Piroplasma canis and its life cycle in the tick - Number 29
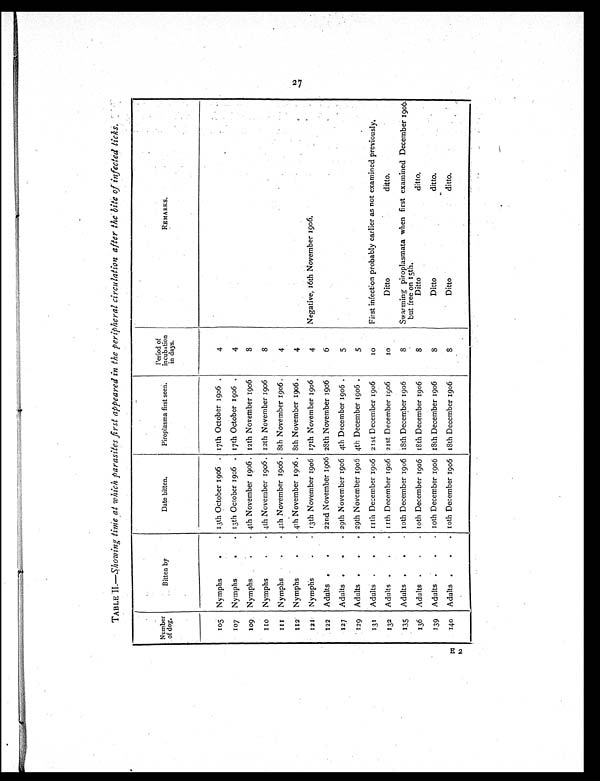
E 2
TABLE II.—Showing time at which parasites first appeared in the peripheral circulation after the bite of infected ticks.
Number
of dog.
Bitten by
Date bitten.
Piroplasma first seen.
Period of
incubation
in days.
REMARKS.
105
•
Nymphs
. . 13th October 1906 . 17th October 1906 .
4
107
Nymphs
• .
13th October 1906 . 17th October 1906 .
4
109. Nymphs
• .
4th November 1906 . 12th November 1906
8
1 1 0
Nymphs
• .
4th November 1906. 12th November 1906
8
1 1 1
Nymphs
.
•
4th November 1906 . 8th November 1906.
4
112
Nymphs
. . 4th November 1906 . 8th November 1906.
4
121
Nymphs
.
.
13th November 1906 17th November 1906
4
Negative, 16th November 1906.
122
Adults • . .
22nd November 1906 28th November 1906
6
127
Adults . .
29th November 1906 4th December 1906 .
5
129
Adults • . .
29th November 1906 4th December 19 06 .
5
131
Adults .
. 11th December 1906 21st December 1906
1 0
First infection probably earlier as not examined previously,
132
Adults.
• .
11th December 1906 21st December 1906
1 0
Ditto
ditto.
135
Adults .
.
. 10th December 1906 18th December 1906
8
Swarming piroplasmata when first examined December 1906.
but free on 15th.
136
Adults .
. . 10th December 1906 18th December 1906
8
Ditto
ditto.
139
Adults . .
. 10th December 1906 18th December 1906
8
Ditto
ditto.
140
Adults .
.
.
10th December 1906 18th December 1906
8
Ditto
ditto.